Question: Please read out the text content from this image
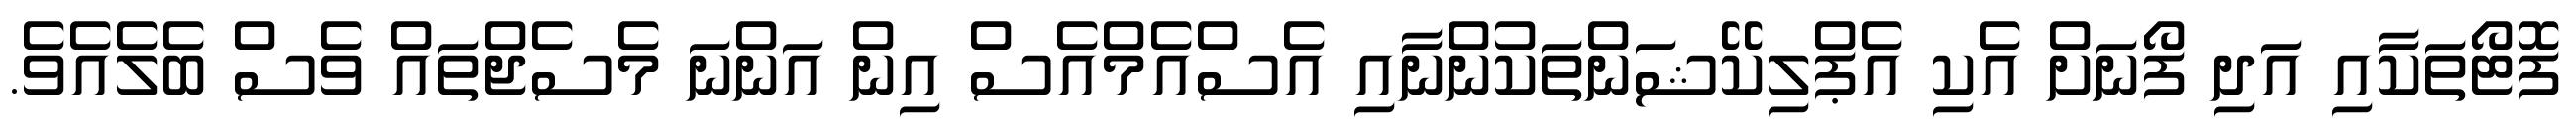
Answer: ފޮޓޯތަކާއި އަދި ފޯނަށް އެކި އެޕްލިކޭޝަންތަކުންނާއި އެސްއެމްއެސް އިން އަންނަ މެސެޖްތައް ވެސް ބެލެއެވެ.